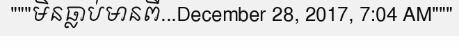
"""មិនធ្លាប់មានពី...December 28, 2017, 7:04 AM"""